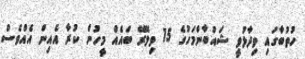
ހުތުބާގައި ވިދާޅުވީ ޝައުބާންމަހުގެ 15 ވިލޭރޭ ބައެއް މީހުން ކުރާ އެއިން އެއްވެސް